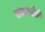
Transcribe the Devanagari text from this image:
ख्यालांचे